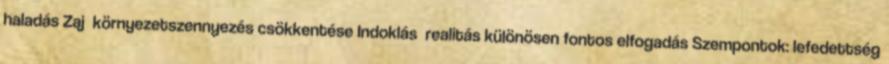
haladás Zaj környezetszennyezés csökkentése Indoklás realitás különösen fontos elfogadás Szempontok: lefedettség